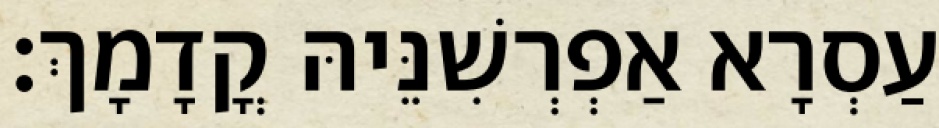
עַסְרָא אַפְרְשִׁנֵּיהּ קֳדָמָךְ׃